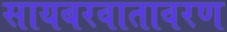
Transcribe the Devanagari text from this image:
सायबरवातावरण